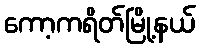
ကော့ကရိတ်မြို့နယ်